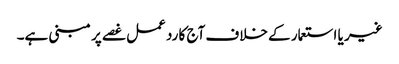
غیر یا استعمار کے خلاف آج کا رد عمل غصے پر مبنی ہے۔